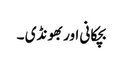
بچکانی اور بھونڈی ۔